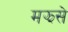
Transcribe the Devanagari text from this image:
मझसे